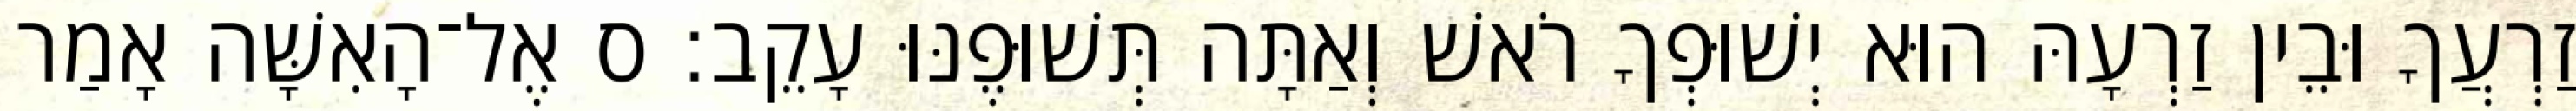
זַרְעֲךָ וּבֵין זַרְעָהּ הוּא יְשׁוּפְךָ רֹאשׁ וְאַתָּה תְּשׁוּפֶנּוּ עָקֵב׃ ס אֶל־הָאִשָּׁה אָמַר